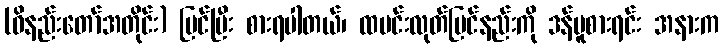
(ဝိနည်းတော်အတိုင်း) ပြင်ပြီး စားရပါတယ်၊ ထမင်းလုတ်ပြင်နည်းကို ဒန်ပူစားရင်း အနားက